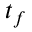
t _ { f }